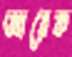
আরেক